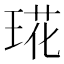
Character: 𤦙